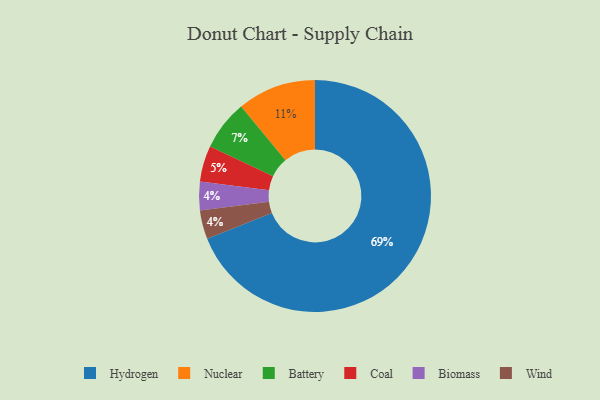
{"axis": {"x": "Category", "y": "Percentage"}, "legend": ["Battery", "Biomass", "Coal", "Hydrogen", "Nuclear", "Wind"], "data": [{"x": "Nuclear", "y": 11, "type": "Nuclear"}, {"x": "Battery", "y": 7, "type": "Battery"}, {"x": "Hydrogen", "y": 69, "type": "Hydrogen"}, {"x": "Coal", "y": 5, "type": "Coal"}, {"x": "Biomass", "y": 4, "type": "Biomass"}, {"x": "Wind", "y": 4, "type": "Wind"}]}